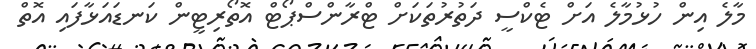
މާލެ އިން ހުޅުމާލެ އަށް ޓެކްސީ ދަތުރުތަކަށް ޓްރާންސްޕޯޓް އޮތޯރިޓީން ކަނޑައަޅާފައި އޮތް